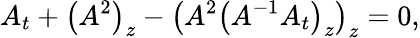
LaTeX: A_{t}+\left(A^{2}\right)_{z}-\left(A^{2}\left(A^{-1}A_{t}\right)_{z}\right)_{z}=0,